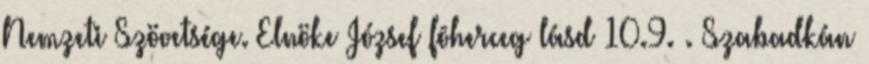
Nemzeti Szövetsége. Elnöke József fõherceg lásd 10.9. . Szabadkán